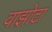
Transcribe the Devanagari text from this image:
वाझोटा